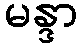
မန္ဒာ